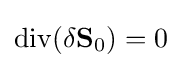
{\rm {div}}(\delta {\bf {S}}_{0})=0